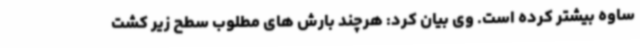
ساوه بیشتر کرده است. وی بیان کرد: هرچند بارش های مطلوب سطح زیر کشت